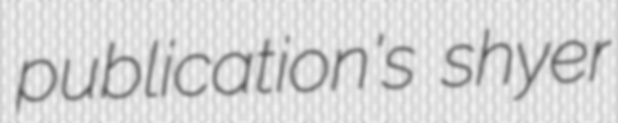
publication's shyer